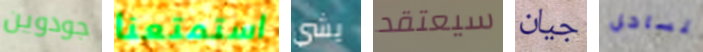
جودوين استمتعنا يشي سيعتقد جيان للساحل